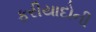
ફરીયાદોની